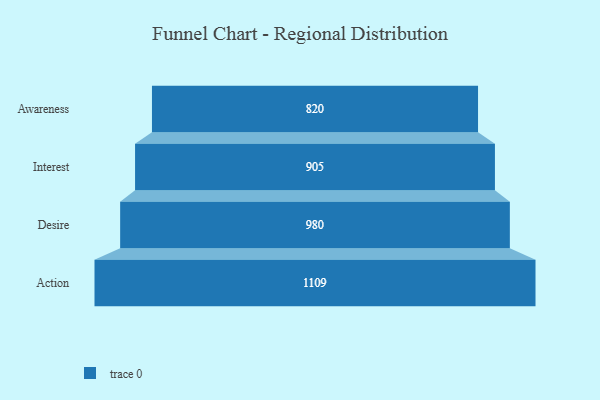
{"axis": {"x": "Stage", "y": "Value"}, "legend": [""], "data": [{"x": "Awareness", "y": 820.0, "type": ""}, {"x": "Interest", "y": 905.0, "type": ""}, {"x": "Desire", "y": 980.0, "type": ""}, {"x": "Action", "y": 1109.0, "type": ""}]}